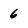
Character: 6